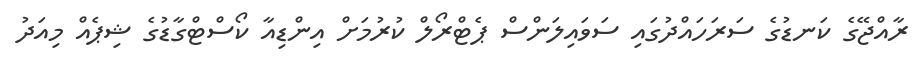
ރާއްޖޭގެ ކަނޑުގެ ސަރަހައްދުގައި ސަވައިލަންސް ޕެޓްރޯލް ކުރުމަށް އިންޑިއާ ކޯސްޓްގާޑުގެ ޝިޕެއް މިއަދު